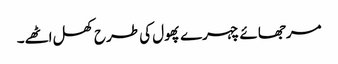
مرجھائے چہرے پھول کی طرح کھل اٹھے۔